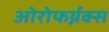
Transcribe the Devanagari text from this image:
ओरोफर्य्नक्स